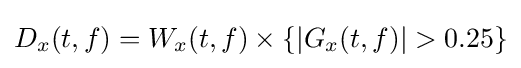
D_{x}(t,f)=W_{x}(t,f)\times \{|G_{x}(t,f)|>0.25\}